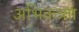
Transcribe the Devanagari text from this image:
अभिकत्र्ता